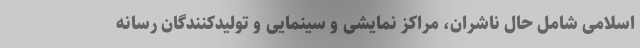
اسلامی شامل حال ناشران، مراکز نمایشی و سینمایی و تولیدکنندگان رسانه